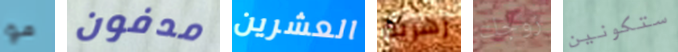
مو مدفون العشرين زهرية زوجك ستكونين